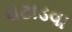
ઘટાડવા